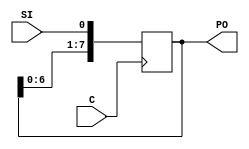
`timescale 1ns / 1ps

module shiftReg_posedgeClk_serialIn_parallelOut(
    input C,
    input SI,
    output [7:0] PO
    );
	 
	 reg [7:0] temp;
	 
	 always @ (posedge C) begin
		temp <= {temp[6:0], SI};
	 end
	 
	 assign PO = temp;      // 8 CLB will be used


endmodule